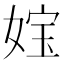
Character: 𡝬